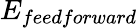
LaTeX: E_{feedforward}